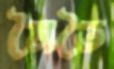
মৈতৈ